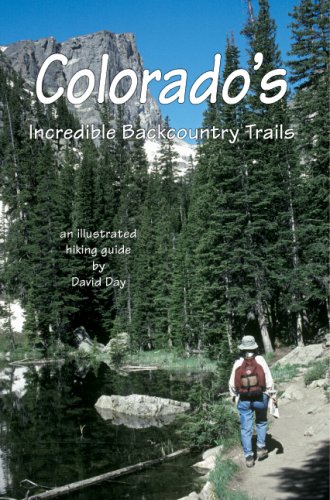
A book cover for Colorado's Incredible Backcountry Trails; David Day; Travel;